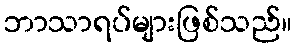
ဘာသာရပ်များဖြစ်သည်။